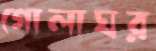
গোলাঘর